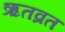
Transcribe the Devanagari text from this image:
ऋतव्रत